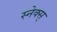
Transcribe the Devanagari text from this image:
स्नेक्स्